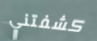
كشفتني